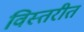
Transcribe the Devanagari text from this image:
विस्तरीत